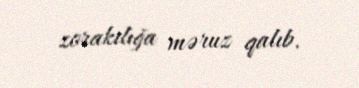
zorakılığa məruz qalıb.